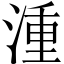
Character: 湩